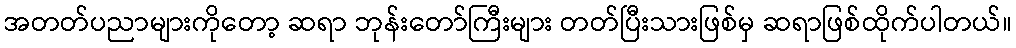
အတတ်ပညာများကိုတော့ ဆရာ ဘုန်းတော်ကြီးများ တတ်ပြီးသားဖြစ်မှ ဆရာဖြစ်ထိုက်ပါတယ်။